Bombay plague: being a history of the progress of plague in the Bombay presidency from September 1896 to June 1899
Year: 1896
Disease focus: Plague
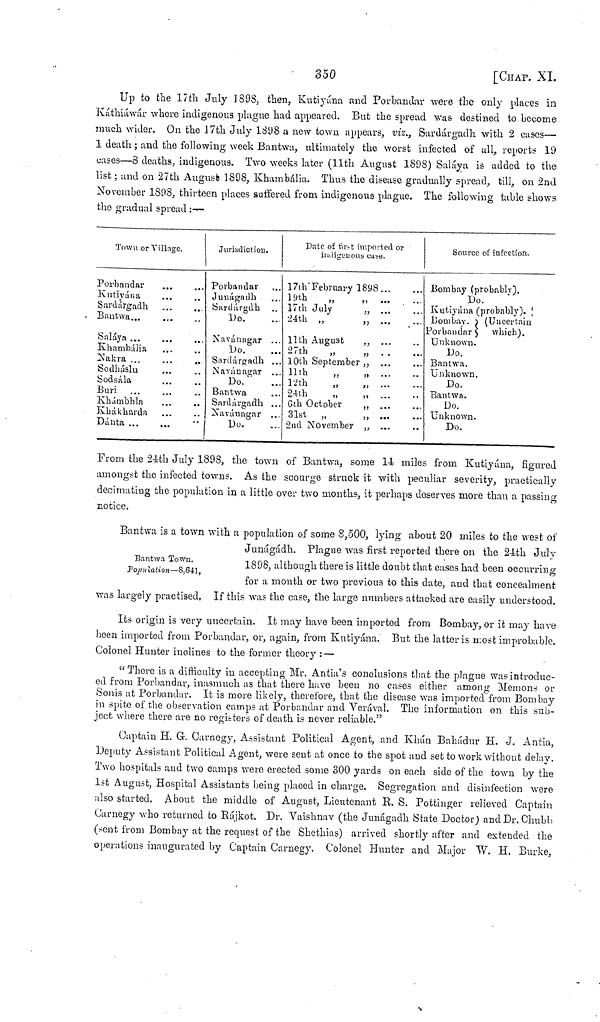
350
[CHAP. XI.
Up to the 17th July 1898, then, Kutiyána and Porbandar were the only places in
Káthiáwár where indigenous plague had appeared. But the spread was destined to become
much wider. On the 17th July 1398 a new town appears, viz., Sardárgadh with 2 cases—
1 death; and the following week Bantwa, ultimately the worst infected of all, reports 19
cases—8 deaths, indigenous. Two weeks later (11th August 1898) Saláya is added to the
list; and on 27th August) 1898, Khambália. Thus the disease gradually spread, till, on 2nd
November 1898, thirteen places suffered from indigenous plague. The following table shows
the gradual spread :—
Town or Village.
Porbandar
Kutiyána
Sardárgadh
Bantwa...
Saláya ...
Khambália
Nakra ... ...
..
Sodháslu
Sodsála
Buri
Khámbhla
Khákharda ... ..
Jurisdiction.
Porbandar
Junágadh
Sardárgdh
Do.
Navánagar ...
Do.
Sardárgadh ...
Navánagar
Do.
Bantwa
Sardárgadh ...
Naváuagar ...
Dánta
...
...
..
Date of first imported or
indigenous case.
17th February 1898 ... ...
19th
"
"
...
...
17th July " ... ...
24th
"
"
...
...
11th August " ... ...
27th
"
"
...
...
10th September " ... ...
11th
"
"
...
...
12th
"
"
...
...
24th " " ... ...
6th October " " ... ...
31st
"
"
...
...
2nd November " " ... ...
Source of infection.
Bombay (probably).
Do.
Kutiyána (probably).
Bombay. } (Uncertain
Porbandar } which).
Unknown.
Do.
Bantwa.
Unknown.
Do.
Bantwa.
Do.
Unknown.
Do.
From the 24-th July 1898, the town of Bantwa, some 14 miles from Kutiyána, figured
amongst the infected towns. As the scourge struck it with peculiar severity, practically
decimating the population in a little over two months, it perhaps deserves more than a passing
notice.
Bantwa Town.
Population—S,641.
Bantwa is a town with a population of some 8,500, lying about 20 miles to the west of
Junágádh. Plague was first reported there on the 24th July
1898, although there is little doubt that cases had been occurring
for a month or two previous to this date, and that concealment
was largely practised. If this was the case, the large numbers attacked are easily understood.
Its origin is very uncertain. It may have been imported from Bombay, or it may have
been imported from Porbandar, or, again, from Kutiyána. But the latter is most improbable.
Colonel Hunter inclines to the former theory : —
"There is a difficulty in accepting Mr. Antia's conclusions that the plague was introduc-
ed from Porbandar, inasmuch as that there have been no cases either among Memons or
Sonis at Porbandar. It is more likely, therefore, that the disease was imported from Bombay
in spite of the observation camps at Porbandar and Verával. The information on this sub-
ject where there are no registers of death is never reliable."
Captain H. G. Carnegy, Assistant Political Agent, and Khan Bahadur H. J. Antia,
Deputy Assistant Political Agent, were sent at once to the spot and set to work without delay.
Two hospitals and two camps were erected some 300 yards on each side of the town by the
1st August, Hospital Assistants being placed in charge, Segregation and disinfection were
also started, About the middle of August, Lieutenant R. S. Pottinger relieved Captain
Carnegy who returned to Rájkot. Dr. Vaishnav (the Junágadh State Doctor) and Dr. Chubb
(sent from Bombay at the request of the Shethias) arrived shortly after and extended the
operations inaugurated by Captain Carnegy. Colonel Hunter and Major TV. H. Burke,